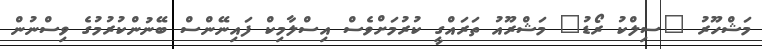
މަޝްހޫރު "ސިލްކު ރޯޑު" މަޝްރޫއު ތަރައްގީ ކުރުމަށްވެސް އިސްލާމިކް ފައިނޭންސް ބޭނުންކުރުމުގެ ވިސްނުން